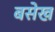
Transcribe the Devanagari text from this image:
बसेख